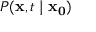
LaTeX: P ( \mathbf { x } , t \mid \mathbf { x _ { 0 } } )